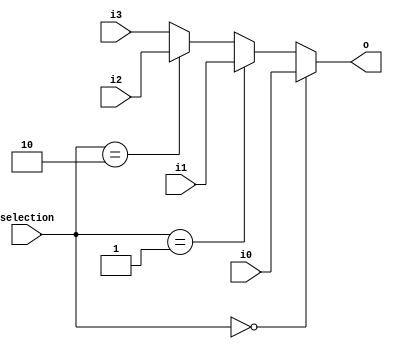
`timescale 1ns / 1ps
//////////////////////////////////////////////////////////////////////////////////
// 0510002 K
// 0510009 i
//////////////////////////////////////////////////////////////////////////////////

module FourtoOneMUX(
	input i0,               //1 bit i0         (input)
	input i1,               //1 bit i1         (input)
	input i2,               //1 bit i2         (input)
	input i3,               //1 bit i3         (input)
	input [1:0] selection,  //2 bit selection  (input)
	output o                //1 bit o          (output)
	);

reg out;
assign o = out;
always@ (*) begin
	if(selection == 2'd0) out = i0;
	else if(selection == 2'd1) out = i1;
	else if(selection == 2'd2) out = i2;
	else out = i3;
end

endmodule